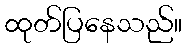
ထုတ်ပြနေသည်။